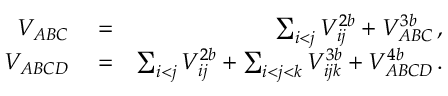
\begin{array} { r l r } { V _ { A B C } } & { { } = } & { \sum _ { i < j } V _ { i j } ^ { 2 b } + V _ { A B C } ^ { 3 b } \, , } \\ { V _ { A B C D } } & { { } = } & { \sum _ { i < j } ^ { } V _ { i j } ^ { 2 b } + \sum _ { i < j < k } ^ { } V _ { i j k } ^ { 3 b } + V _ { A B C D } ^ { 4 b } \, . } \end{array}